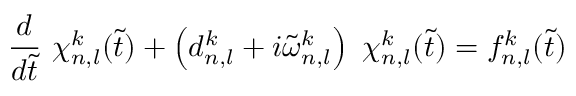
\frac { d } { d \Tilde { t } } \ \chi _ { n , l } ^ { k } ( \Tilde { t } ) + \left( d _ { n , l } ^ { k } + i { \Tilde { \omega } } _ { n , l } ^ { k } \right) \ \chi _ { n , l } ^ { k } ( \Tilde { t } ) = f _ { n , l } ^ { k } ( \Tilde { t } ) \,